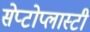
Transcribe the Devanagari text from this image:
सेप्टोप्लास्टी